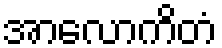
အာလောကိတံ